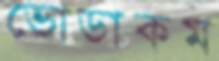
ভোডাকম